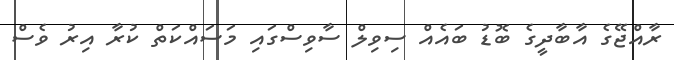
ރާއްޖޭގެ އާބާދީގެ ބޮޑު ބައެއް ސިވިލް ސާވިސްގައި މަަަސައްކަތް ކުރާ އިރު ވެސް